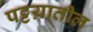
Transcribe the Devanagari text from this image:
पट्टय़ातील